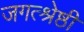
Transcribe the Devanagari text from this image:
जगत्श्रेष्ठी